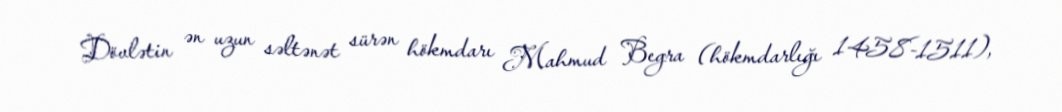
Dövlətin ən uzun səltənət sürən hökmdarı Mahmud Begra (hökmdarlığı 1458-1511),